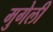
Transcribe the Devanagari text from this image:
मुगेली